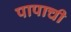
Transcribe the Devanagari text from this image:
पापाची